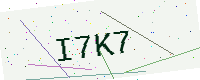
Text: I7K7